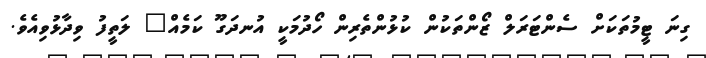
ގިނަ ޓީމުތަކަށް ސެންޓަރަލް ޒޯންތަކުން ކުޅުންތެރިން ހޯދުމަކީ އުނދަގޫ ކަމެއް" ލަތީފު ވިދާޅުވިއެވެ.